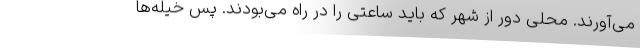
می‌آورند. محلی دور از شهر که باید ساعتی را در راه می‌بودند. پس خیله‌ها